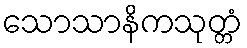
သောသာနိကသုတ္တံ